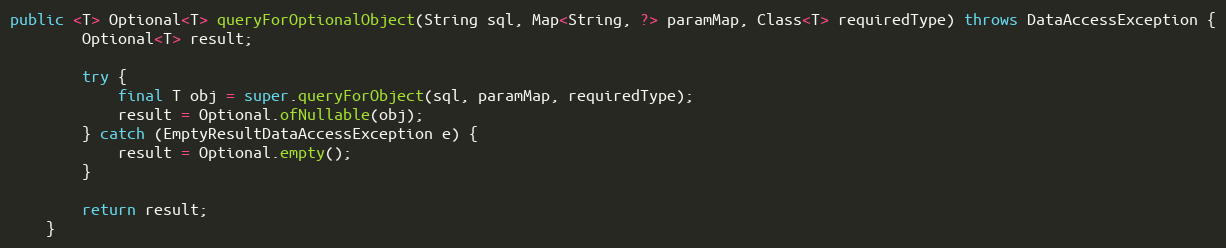
Language: Java
public <T> Optional<T> queryForOptionalObject(String sql, Map<String, ?> paramMap, Class<T> requiredType) throws DataAccessException {
        Optional<T> result;

        try {
            final T obj = super.queryForObject(sql, paramMap, requiredType);
            result = Optional.ofNullable(obj);
        } catch (EmptyResultDataAccessException e) {
            result = Optional.empty();
        }

        return result;
    }